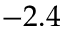
- 2 . 4